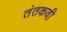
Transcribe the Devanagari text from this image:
तंतकवी